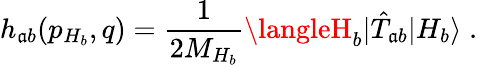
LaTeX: h_{\mathfrak{a}b}(p_{H_{b}},q)=\frac{{1}}{{2M_{H_{b}}}}\langleH_{b}|\hat{{T}}_{\mathfrak{a}b}|H_{b}\rangle\; .